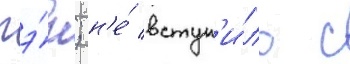
гэ́н; н'е́ вступ'и́ло с